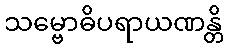
သမ္ဗောဓိပရာယဏန္တိ